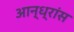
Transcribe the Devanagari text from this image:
आन्ध्रांस